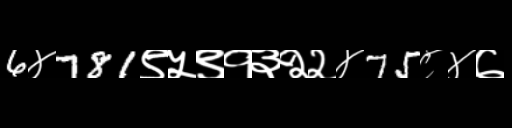
Text: 6४781९५९१३२२४75८४७